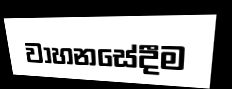
වාහනසේදීම